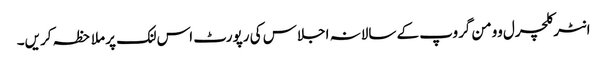
انٹرکلچرل وومن گروپ کے سالانہ اجلاس کی رپورٹ اس لنک پر ملاحظہ کریں۔